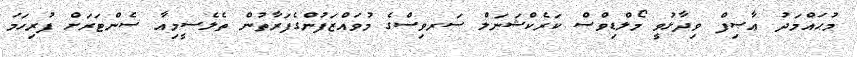
މުޙައްމަދު ޢާޞިފް ވިދާޅުވީ މޯލްޑިވްސް ކަރެކްޝަނަލް ސަރވިސްގެ މުވައްޒަފުންގެފަރާތުން ތެލެސީމިއާ ސެންޓަރަށް ފުރިހަމަ